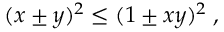
\begin{array} { r } { ( x \pm y ) ^ { 2 } \le ( 1 \pm x y ) ^ { 2 } \; , } \end{array}